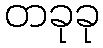
တခုခု